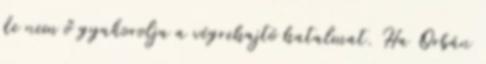
de nem ő gyakorolja a végrehajtó hatalmat. Ha Orbán